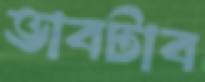
ভাবটাব